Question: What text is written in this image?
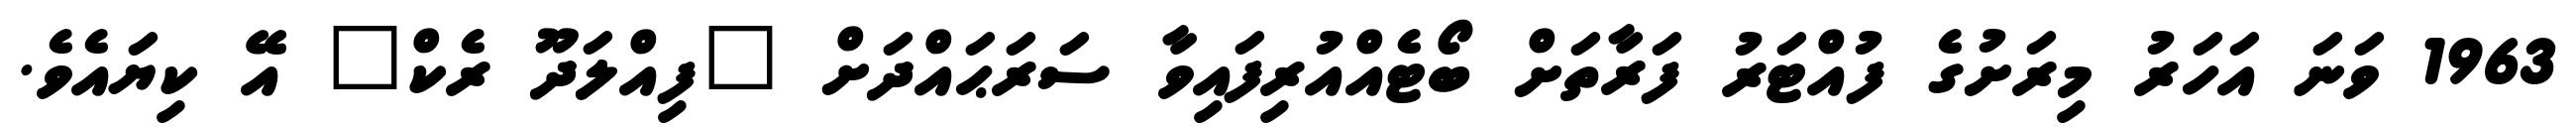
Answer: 1963 ވަނަ އަހަރު މިރަށުގެ ފުއްޓަރު ފަރާތަށް ބޯޓެއްއުރިފައިވާ ސަރަޙައްދަށް "ފިއްލަދޫ ރެކް" އޭ ކިޔައެވެ.